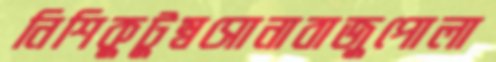
নিশিকুটুম্বসোনাবাজুপোলা